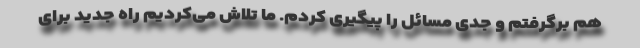
هم برگرفتم و جدی مسائل را پیگیری کردم. ما تلاش می‌کردیم راه جدید برای